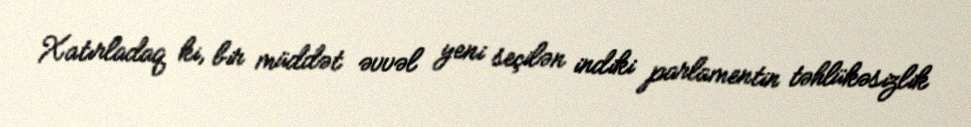
Xatırladaq ki, bir müddət əvvəl yeni seçilən indiki parlamentin təhlükəsizlik